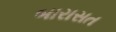
બારાસત